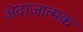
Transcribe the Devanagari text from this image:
अंदाजात्मक